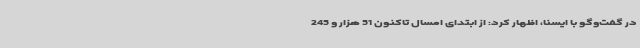
در گفت‌وگو با ایسنا، اظهار کرد: از ابتدای امسال تاکنون 51 هزار و 245